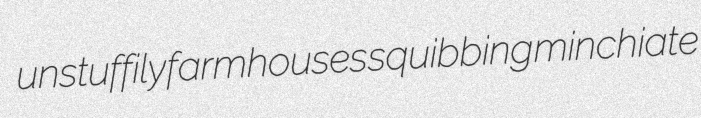
unstuffily farmhouses squibbing minchiate